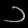
Digit: ၁